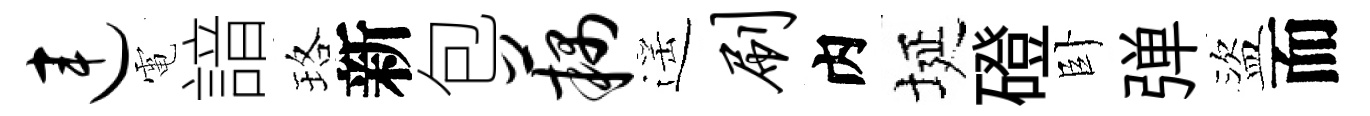
连電諳珞新包藕遥刷内埏磴卧弹盜而